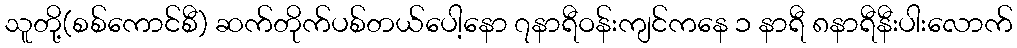
သူတို့(စစ်ကောင်စီ) ဆက်တိုက်ပစ်တယ်ပေါ့နော ၇နာရီဝန်းကျင်ကနေ ၁ နာရီ ၈နာရီနီးပါးလောက်